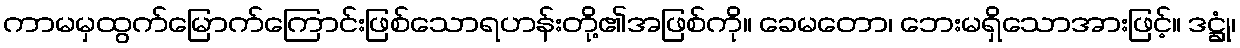
ကာမမှထွက်မြောက်ကြောင်းဖြစ်သောရဟန်းတို့၏အဖြစ်ကို။ ခေမတော၊ ဘေးမရှိသောအားဖြင့်။ ဒဋ္ဌုံ၊